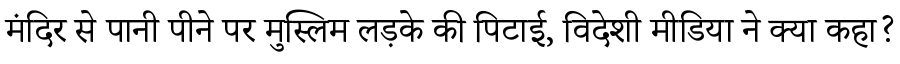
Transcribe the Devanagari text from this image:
मंदिर से पानी पीने पर मुस्लिम लड़के की पिटाई, विदेशी मीडिया ने क्या कहा?